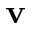
\mathbf v